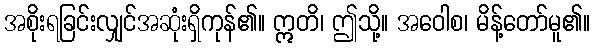
အစိုးရခြင်းလျှင်အဆုံးရှိကုန်၏။ ဣတိ၊ ဤသို့။ အဝေါစ၊ မိန့်တော်မူ၏။